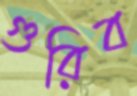
গুরিব